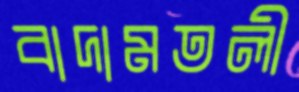
বাদামতলী